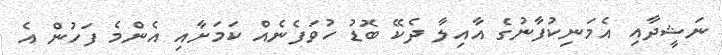
ނަޝީދާއި އެމަނިކުފާނުގެ އާއިލާ ދެކޭ ބޮޑު ހުވަފެނެއް ކަމަށާއި އެންމެ ފަހުން އެ